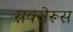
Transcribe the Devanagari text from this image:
सक्सेरूस